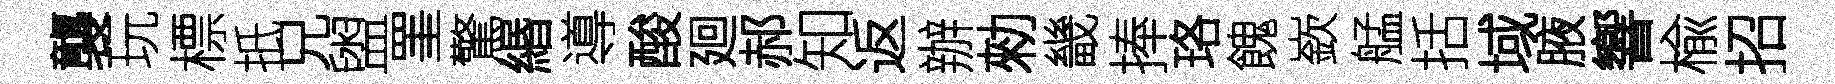
襲玩標扺兄盥罣驚緡導酸廻郝知返辦勑畿捧珞餽嶔艋括域腋響楡招